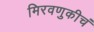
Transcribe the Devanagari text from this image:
मिरवणुकीचं